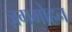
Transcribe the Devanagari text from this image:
ज़गमोहन